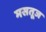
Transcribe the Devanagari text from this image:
मसतूज